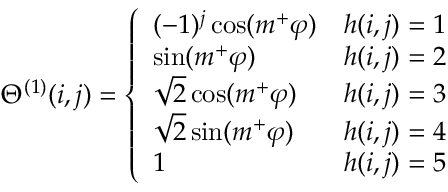
\Theta ^ { ( 1 ) } ( i , j ) = \left\{ \begin{array} { l l } { ( - 1 ) ^ { j } \cos ( m ^ { + } \varphi ) } & { h ( i , j ) = 1 } \\ { \sin ( m ^ { + } \varphi ) } & { h ( i , j ) = 2 } \\ { \sqrt { 2 } \cos ( m ^ { + } \varphi ) } & { h ( i , j ) = 3 } \\ { \sqrt { 2 } \sin ( m ^ { + } \varphi ) } & { h ( i , j ) = 4 } \\ { 1 } & { h ( i , j ) = 5 } \end{array} \right.